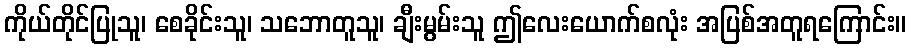
ကိုယ်တိုင်ပြုသူ၊ စေခိုင်းသူ၊ သဘောတူသူ၊ ချီးမွမ်းသူ ဤလေးယောက်စလုံး အပြစ်အတူရကြောင်း။